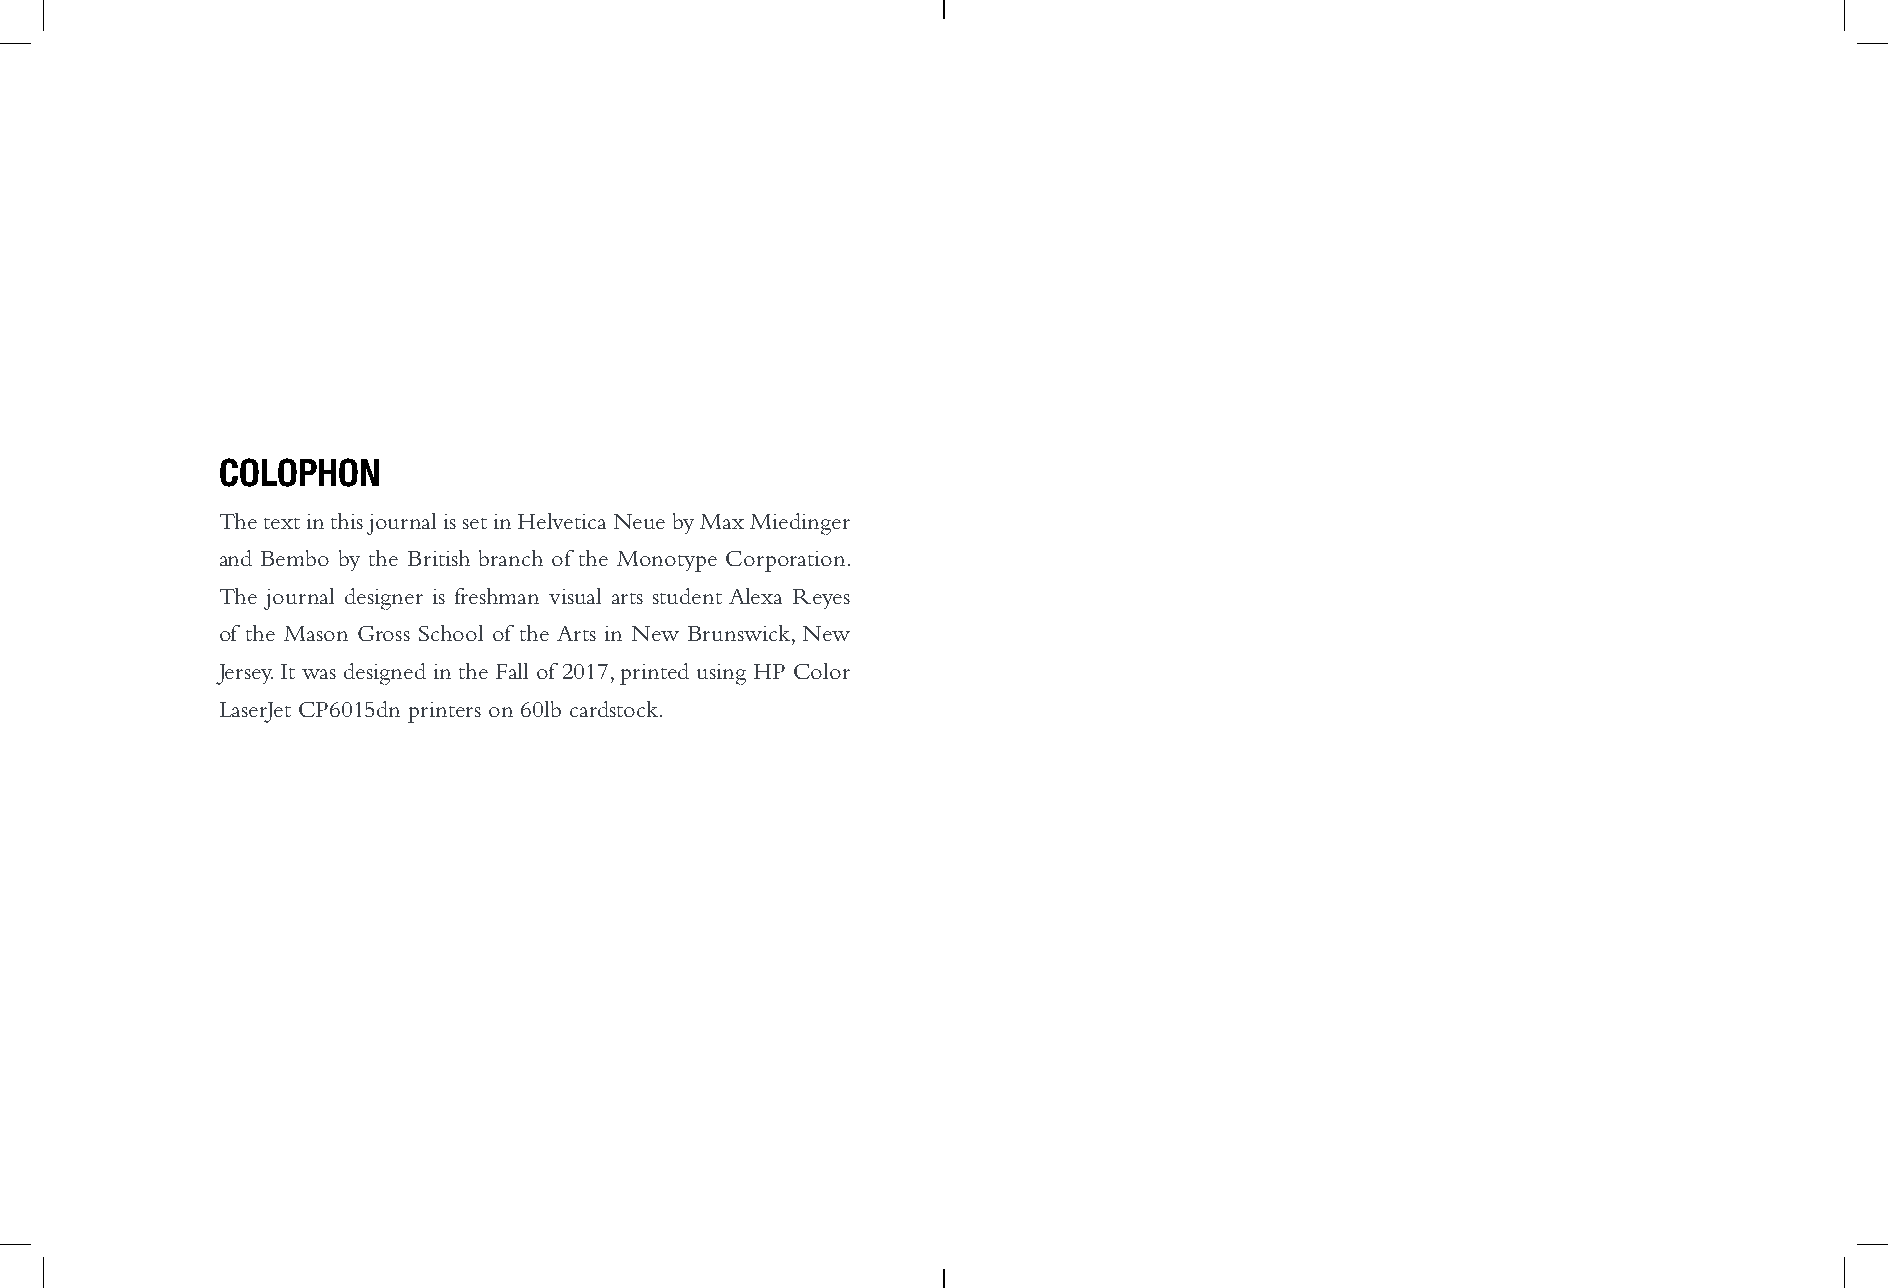
COLOPHON
 The text in this journal is set in Helvetica Neue by Max Miedinger
 and Bembo by the British branch of the Monotype Corporation.
 The journal designer is freshman visual arts student Alexa Reyes
 of the Mason Gross School of the Arts in New Brunswick, New
 Jersey. It was designed in the Fall of 2017, printed using HP Color
 LaserJet CP6015dn printers on 60lb cardstock.